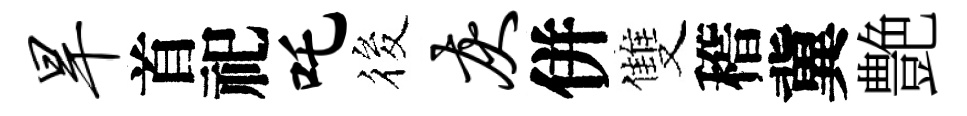
旱首祀吒筱灰併雙稽冀艶